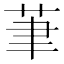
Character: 茟